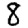
Digit: 8